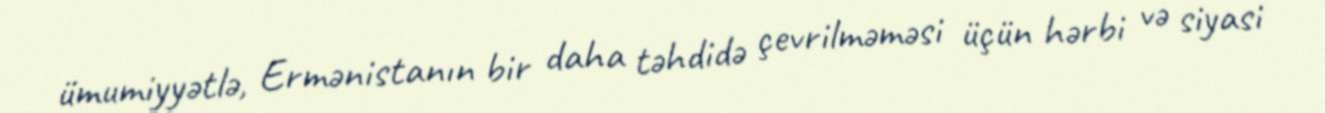
ümumiyyətlə, Ermənistanın bir daha təhdidə çevrilməməsi üçün hərbi və siyasi